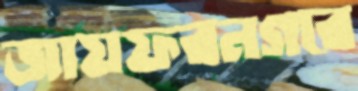
জায়ফরনগরে